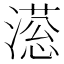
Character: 𣽫